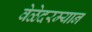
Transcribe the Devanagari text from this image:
वेळेदरम्यान